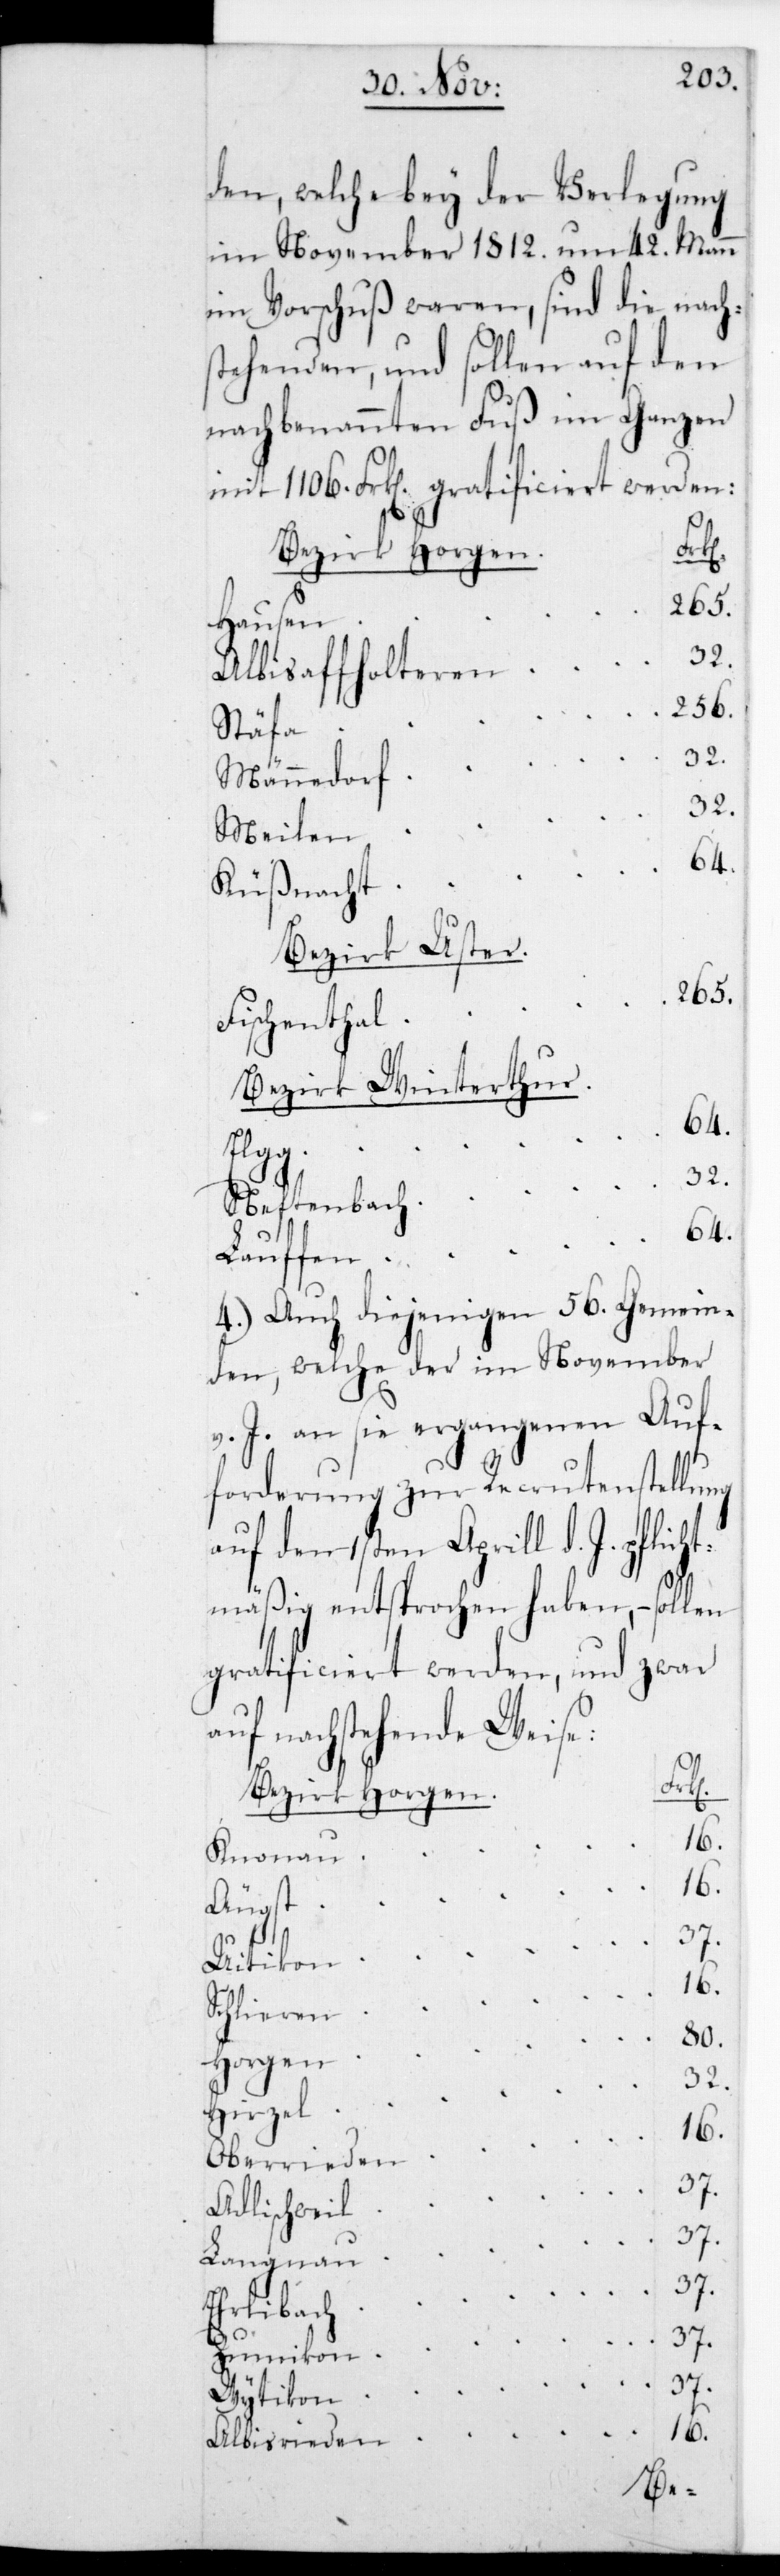
den, welche bey der Verlegung
im November 1812. um 42. Mann
im Vorschuß waren, sind die nach¬
stehenden, und sollen auf den
nachbenannten Fuß im Ganzen
mit 1106. Franken gratificiert werden:
Hausen
Albisaffolteren
Stäfa
Männedorf
32.
Meilen
Küßnacht
Bezirk Uster.
Fischenthal
Bezirk Winterth¬
Elgg
Neftenbach
64.
Lauffen
4.) Auch diejenigen 56. Gemein¬
den, welche der im November
v. J. an sie ergangenen Auf¬
forderung zur Recrutenstellung
auf den 1sten Aprill d. J. pflicht¬
mäßig entsprochen haben, – sollen
gratificiert werden, und zwar
auf nachstehende Weise:
Knonau
16.
Uitikon
Schlieren
Horgen
32.
Hirzel
16.
Adlischweil
37.
Langnau
37.
Ehrlibach
37.
Zumikon
37.
80.
Wytikon
Albisrieden